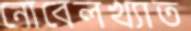
নোবেলখ্যাত